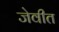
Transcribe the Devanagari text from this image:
जेवीत